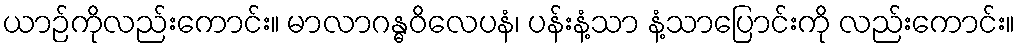
ယာဉ်ကိုလည်းကောင်း။ မာလာဂန္ဓဝိလေပနံ၊ ပန်းနံ့သာ နံ့သာပြောင်းကို လည်းကောင်း။